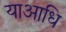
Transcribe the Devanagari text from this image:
याआधि